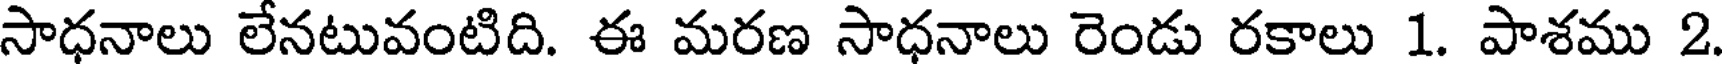
సాధనాలు లేనటువంటిది. ఈ మరణ సాధనాలు రెండు రకాలు 1. పాశము 2